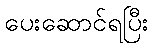
ပေးဆောင်ရပြီး